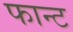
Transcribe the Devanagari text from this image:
फान्ट